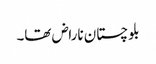
بلوچستان ناراض تھا۔